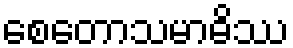
စေတောသမာဓိဿ